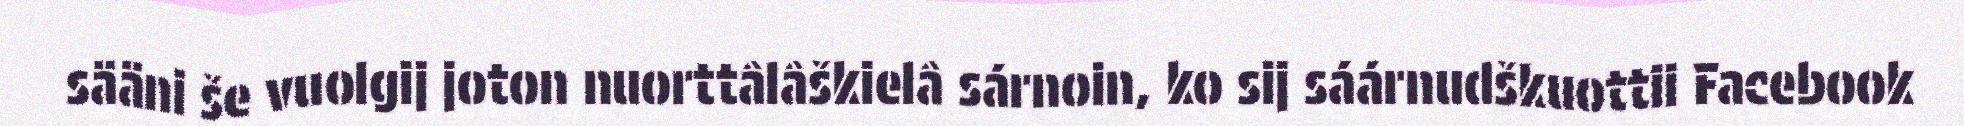
sääni še vuolgij joton nuorttâlâškielâ sárnoin, ko sij sáárnudškuottii Facebook